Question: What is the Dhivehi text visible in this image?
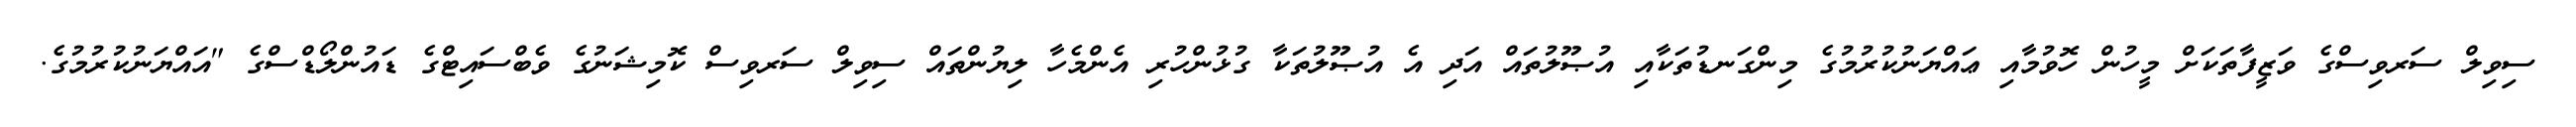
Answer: ސިވިލް ސަރވިސްގެ ވަޒީފާތަކަށް މީހުން ހޮވުމާއި ޢައްޔަނުކުރުމުގެ މިންގަނޑުތަކާއި އުޞޫލުތައް އަދި އެ އުޞޫލުތަކާ ގުޅުންހުރި އެންމެހާ ލިޔުންތައް ސިވިލް ސަރވިސް ކޮމިޝަނުގެ ވެބްސައިޓްގެ ޑައުންލޯޑްސްގެ "އައްޔަނުކުރުމުގެ.